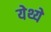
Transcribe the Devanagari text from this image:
येथ्ये